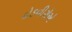
દોડવીરોએ